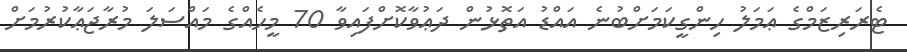
ޓެރަރިޒަމްގެ ޢަމަލު ހިންގީކަމަށްބުނެ އައްޑު އަތޮޅުން ދަޢުވާކޮށްފައިވާ 70 މީހެއްގެ މައްސަލަ މުރާޖަޢާކުރުމަށް